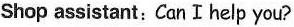
Shop assistant: Can Ⅰhelp you?